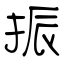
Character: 振